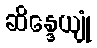
ဆိန္ဒေယျုံ